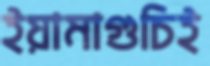
ইয়ামাগুচিই